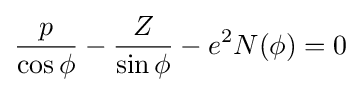
{\frac {p}{\cos \phi }}-{\frac {Z}{\sin \phi }}-e^{2}N(\phi )=0